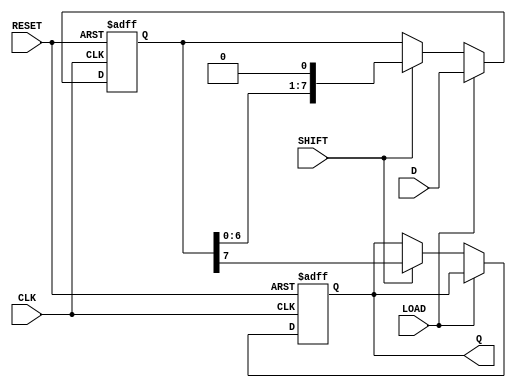
module PISO_Register (
    input wire [7:0] D,       // Parallel data input (8 bits)
    input wire LOAD,          // Load control signal
    input wire SHIFT,         // Shift control signal
    input wire CLK,           // Clock signal
    input wire RESET,         // Reset signal
    output reg Q             // Serial output
);

    reg [7:0] shift_reg;      // Internal shift register to hold the data

    always @(posedge CLK or posedge RESET) begin
        if (RESET) begin
            // Reset the shift register and output
            shift_reg <= 8'b0;
            Q <= 1'b0;
        end else if (LOAD) begin
            // Load parallel data into the shift register
            shift_reg <= D;
        end else if (SHIFT) begin
            // Shift the data out serially
            Q <= shift_reg[7];        // Output the MSB
            shift_reg <= {shift_reg[6:0], 1'b0}; // Shift left
        end
        // If neither LOAD nor SHIFT is asserted, maintain current state
    end

endmodule